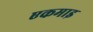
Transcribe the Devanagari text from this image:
एकमाइ